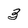
Character: 3